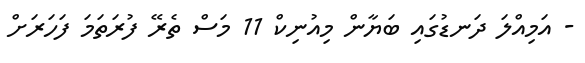
- އަމިއްލަ ދަނޑުގައި ބަޔާން މިއުނިކް 11 މަސް ތެރޭ ފުރަަތަމަ ފަހަރަށް